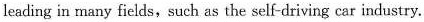
leading in many fields, such as the self-driving car industry.